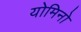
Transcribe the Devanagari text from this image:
योमिनो